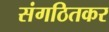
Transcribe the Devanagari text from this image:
संगठितकर